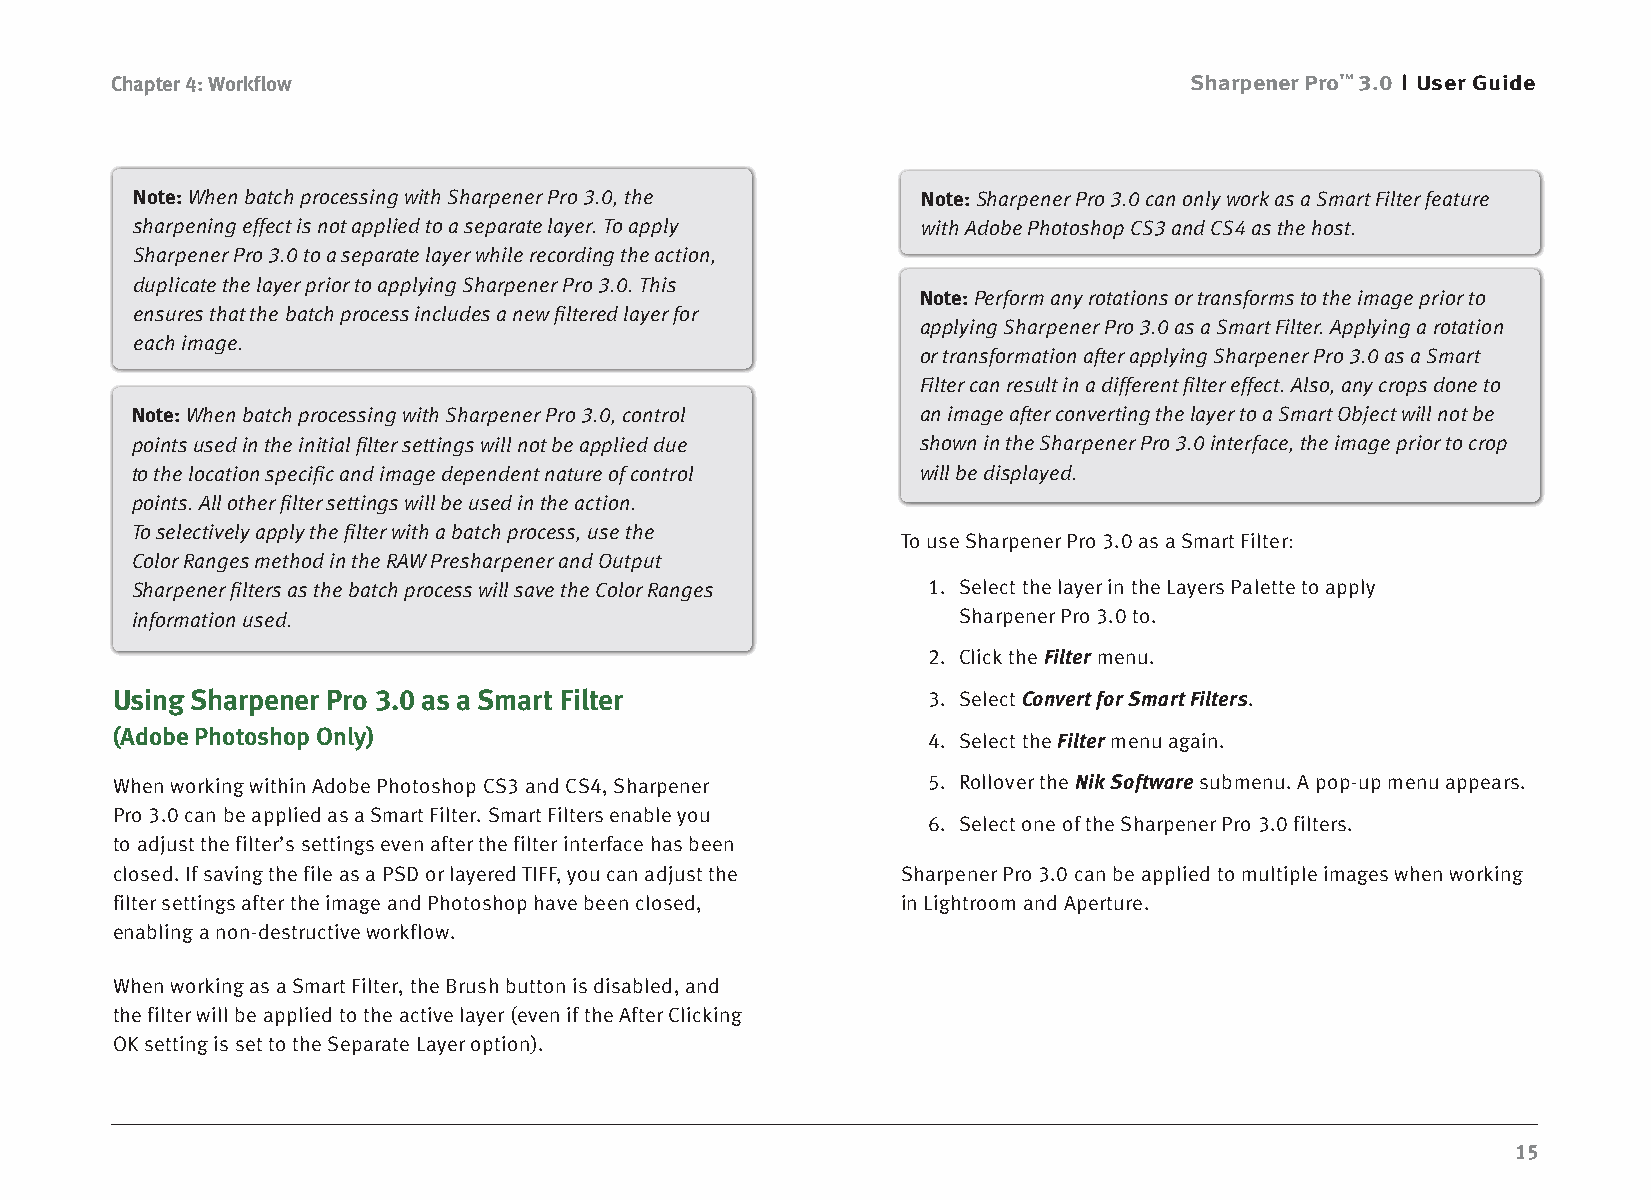
Chapter 4: Workflow                                                     Sharpener Pro™ 3.0 User Guide
 Note: When batch processing with Sharpener Pro 3.0, the Note: Sharpener Pro 3.0 can only work as a Smart Filter feature
 sharpening effect is not applied to a separate layer. To apply with Adobe Photoshop CS3 and CS4 as the host.
 Sharpener Pro 3.0 to a separate layer while recording the action,
 duplicate the layer prior to applying Sharpener Pro 3.0. This
 Note: Perform any rotations or transforms to the image prior to
 ensures that the batch process includes a new filtered layer for
 applying Sharpener Pro 3.0 as a Smart Filter. Applying a rotation
 each image.
 or transformation after applying Sharpener Pro 3.0 as a Smart
 Filter can result in a different filter effect. Also, any crops done to
 Note: When batch processing with Sharpener Pro 3.0, control an image after converting the layer to a Smart Object will not be
 points used in the initial filter settings will not be applied due shown in the Sharpener Pro 3.0 interface, the image prior to crop
 to the location specific and image dependent nature of control will be displayed.
 points. All other filter settings will be used in the action.
 To selectively apply the filter with a batch process, use the
 To use Sharpener Pro 3.0 as a Smart Filter:
 Color Ranges method in the RAW Presharpener and Output
 Sharpener filters as the batch process will save the Color Ranges 1. Select the layer in the Layers Palette to apply
 information used.                                     Sharpener Pro 3.0 to.
 2. Click the Filter menu.
 Using Sharpener Pro 3.0 as a Smart Filter             3. Select Convert for Smart Filters.
 (Adobe Photoshop Only)                                4. Select the Filter menu again.
 When working within Adobe Photoshop CS3 and CS4, Sharpener 5. Rollover the Nik Software submenu. A pop-up menu appears.
 Pro 3.0 can be applied as a Smart Filter. Smart Filters enable you
 6. Select one of the Sharpener Pro 3.0 filters.
 to adjust the filter’s settings even after the filter interface has been
 closed. If saving the file as a PSD or layered TIFF, you can adjust the Sharpener Pro 3.0 can be applied to multiple images when working
 filter settings after the image and Photoshop have been closed, in Lightroom and Aperture.
 enabling a non-destructive workflow.
 When working as a Smart Filter, the Brush button is disabled, and
 the filter will be applied to the active layer (even if the After Clicking
 OK setting is set to the Separate Layer option).
 15